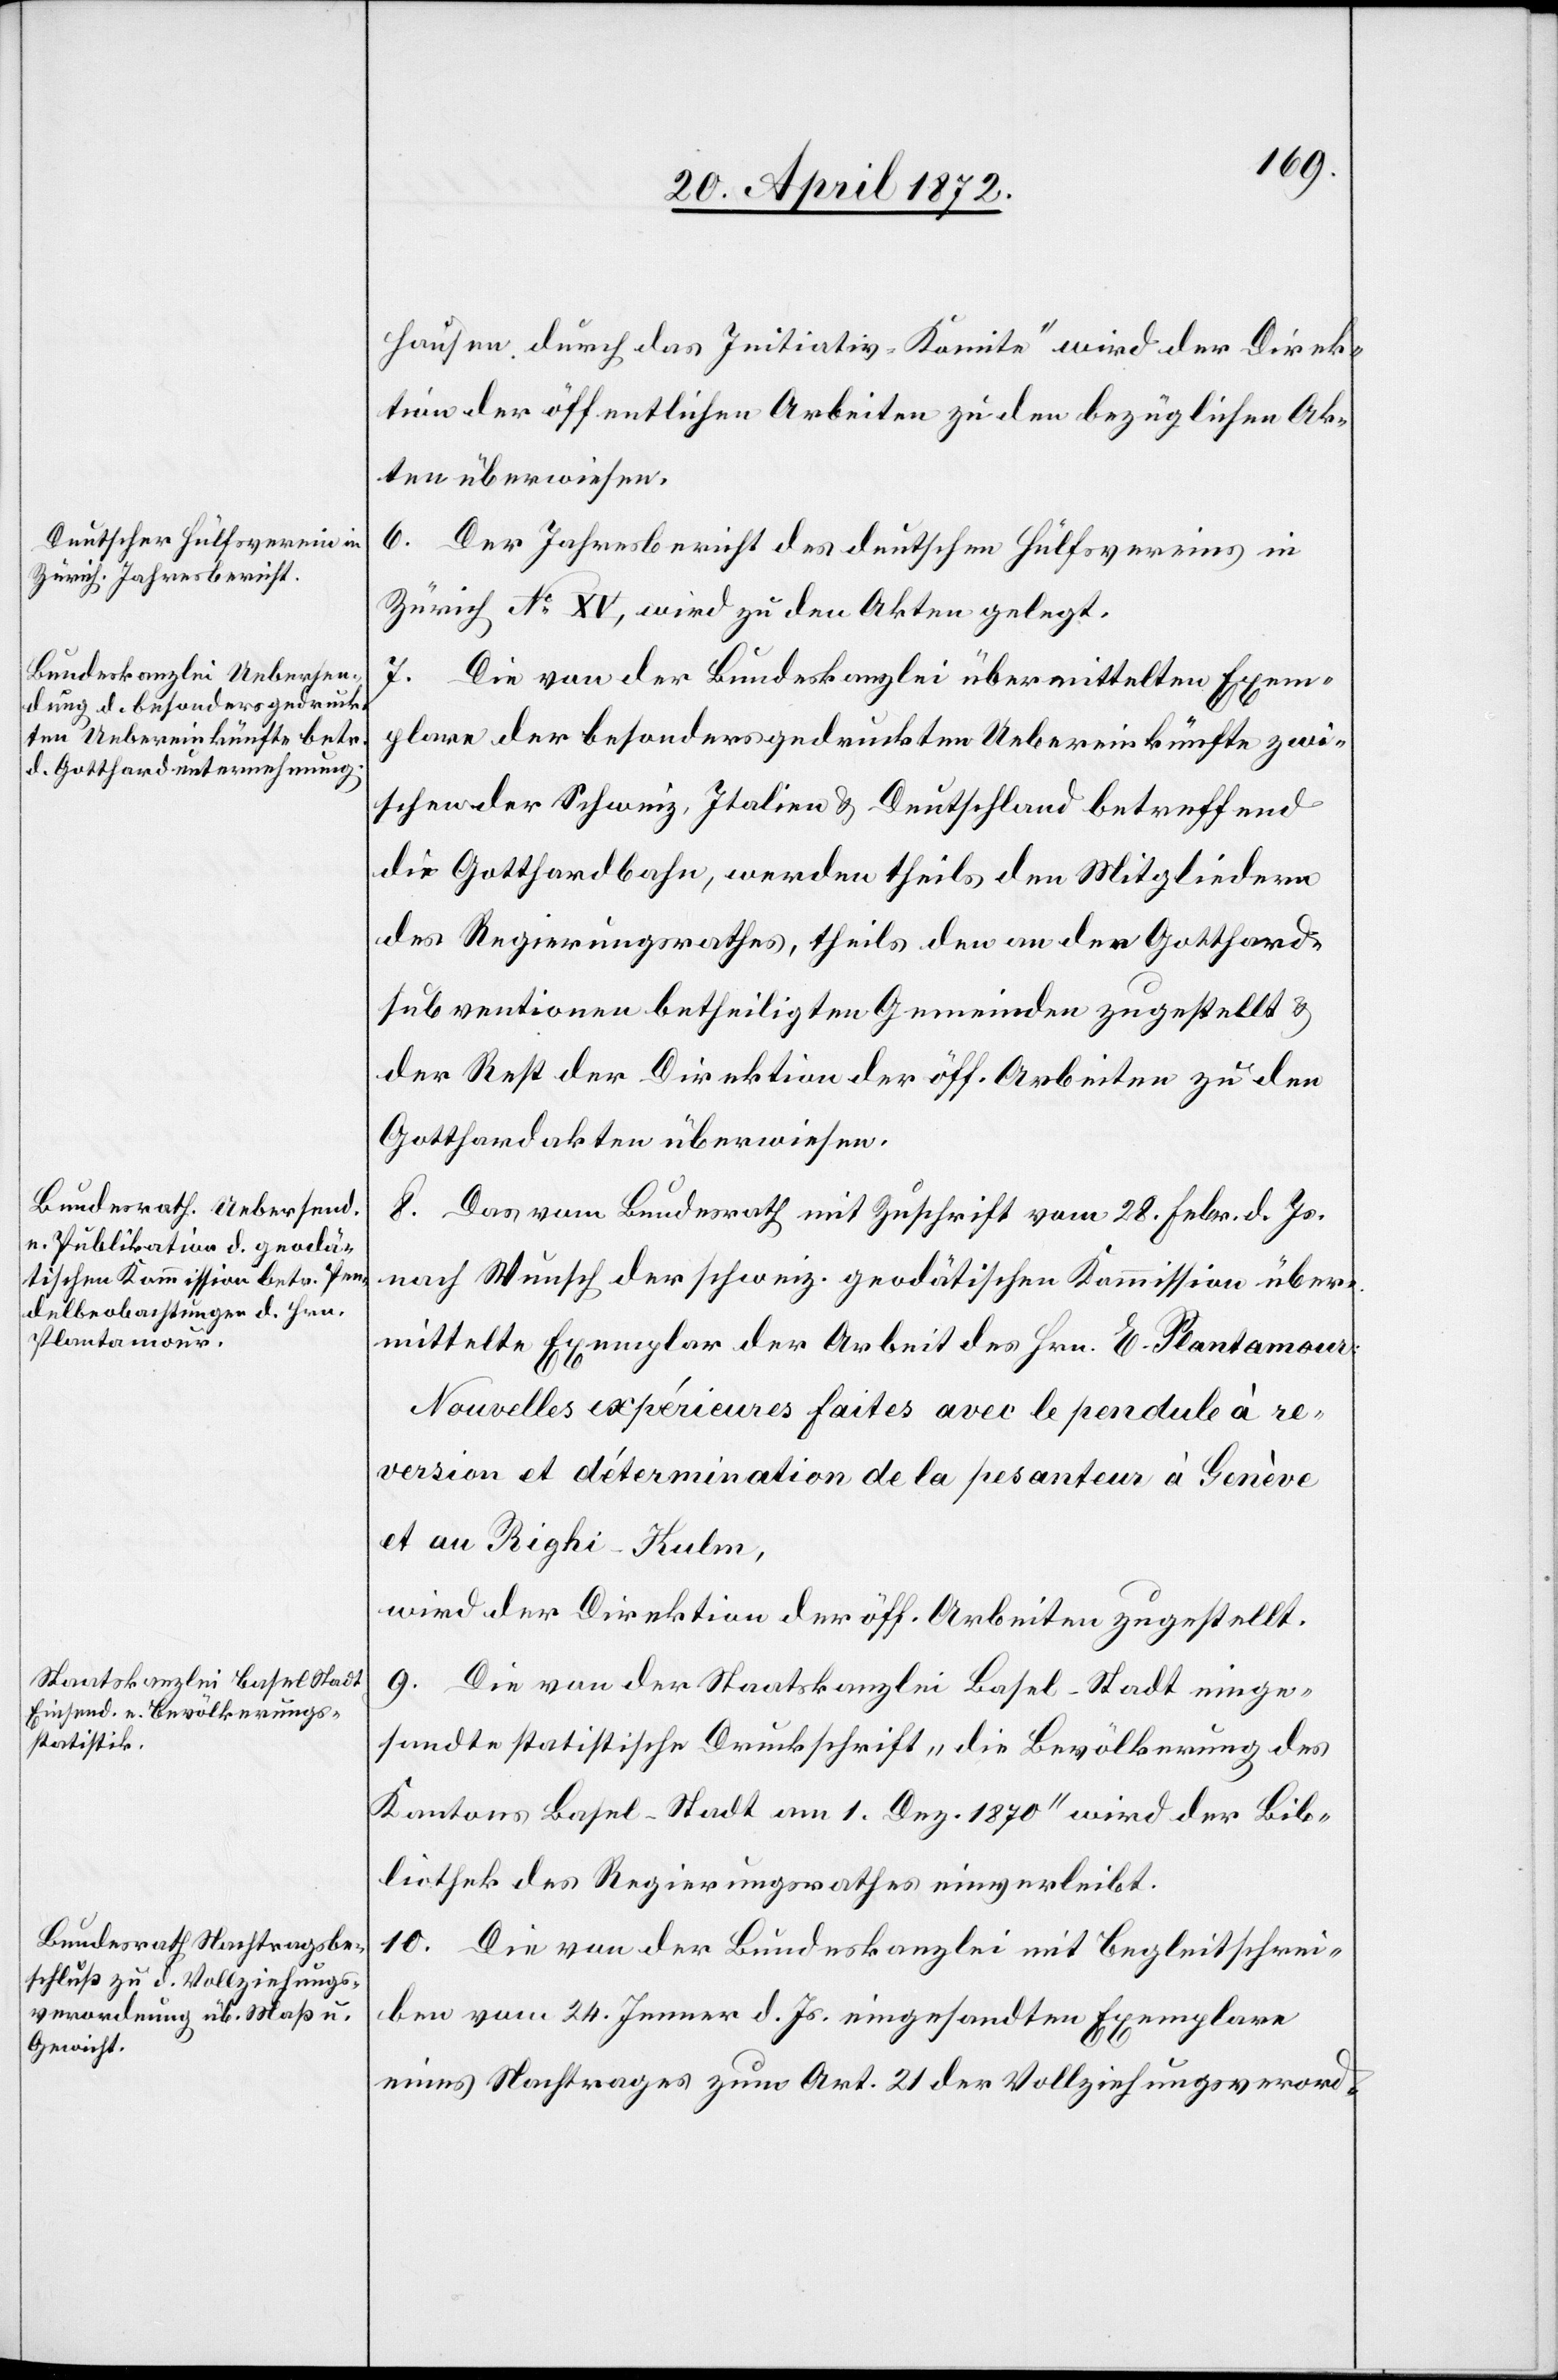
hausen durch das Initiativ-Komitee“ wird der Direk¬
tion der öffentlichen Arbeiten zu den bezüglichen Ak¬
ten überwiesen.
6. Der Jahresbericht des deutschen Hülfsvereins in
Zürich No XV, wird zu den Akten gelegt.
7. Die von der Bundeskanzlei übermittelten Exem¬
plare der besonders gedruckten Uebereinkünfte zwi¬
schen der Schweiz, Italien u. Deutschland betreffend
die Gotthardbahn, werden theils den Mitgliedern
des Regierungsrathes, theils den an den Gotthard¬
subventionen betheiligten Gemeinden zugestellt u.
der Rest der Direktion der öff. Arbeiten zu den
Gotthardakten überwiesen.
8. Das vom Bundesrath mit Zuschrift vom 28. Febr. d. Js.
nach Wunsch der schweiz. geodätischen Kommission über¬
mittelte Exemplar der Arbeit des Hrn. E. Plantamour:
Nouvelles expérieures faites avec le pendule à re¬
version et détermination de la pesanteur à Genève
et au Righi-Kulm,
wird der Direktion der öff. Arbeiten zugestellt.
9. Die von der Staatskanzlei Basel-Stadt einge¬
sandte statistische Druckschrift „die Bevölkerung des
Kantons Basel-Stadt am 1. Dez. 1870“ wird der Bib¬
liothek des Regierungsrathes einverleibt.
10. Die von der Bundeskanzlei mit Begleitschrei¬
ben vom 24. Jenner d. Js. eingesandten Exemplare
eines Nachtrages zum Art. 21 der Vollziehungsverord-